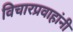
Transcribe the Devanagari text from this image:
विचारप्रवाहांनी